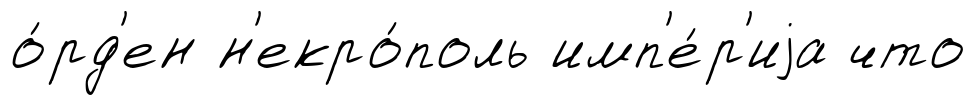
о́рд'ен н'екро́поль имп'е́р'иjа что